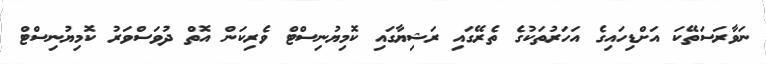
ނަވާރަސަތޭކަ އަށްޑިހައިގެ އަހަރުތަކުގެ ތެރޭގައި ރަޝިޔާގައި ކޮމިޔުނިސްޓް ވެރިކަން އޮތް ދުވަސްވަރު ކޮމިޔުނިސްޓް